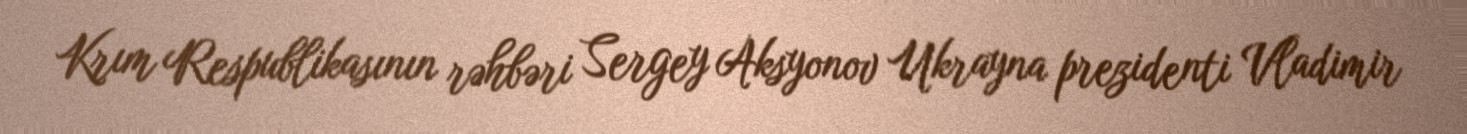
Krım Respublikasının rəhbəri Sergey Aksyonov Ukrayna prezidenti Vladimir